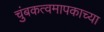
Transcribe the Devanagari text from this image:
चुंबकत्वमापकाच्या